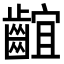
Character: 𪘲